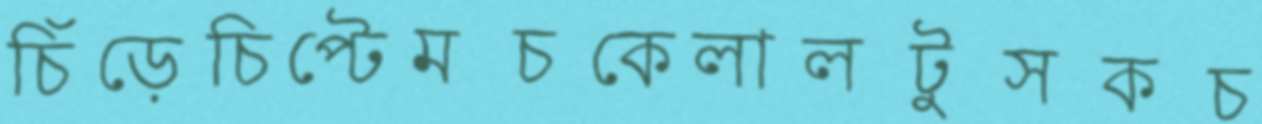
চিঁড়েচিপ্টেমচকেলালটুসকচ